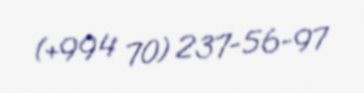
(+994 70) 237-56-97